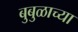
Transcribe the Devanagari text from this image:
बुबुळाच्या